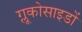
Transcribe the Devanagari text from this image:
ग्लूकोसाइडों